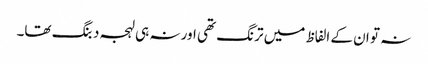
نہ تو ان کے الفاظ میں ترنگ تھی اور نہ ہی لہجہ دبنگ تھا۔